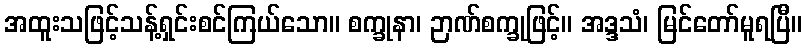
အထူးသဖြင့်သန့်ရှင်းစင်ကြယ်သော။ စက္ခုနာ၊ ဉာဏ်စက္ခုဖြင့်။ အဒ္ဒသံ၊ မြင်တော်မူရပြီ။